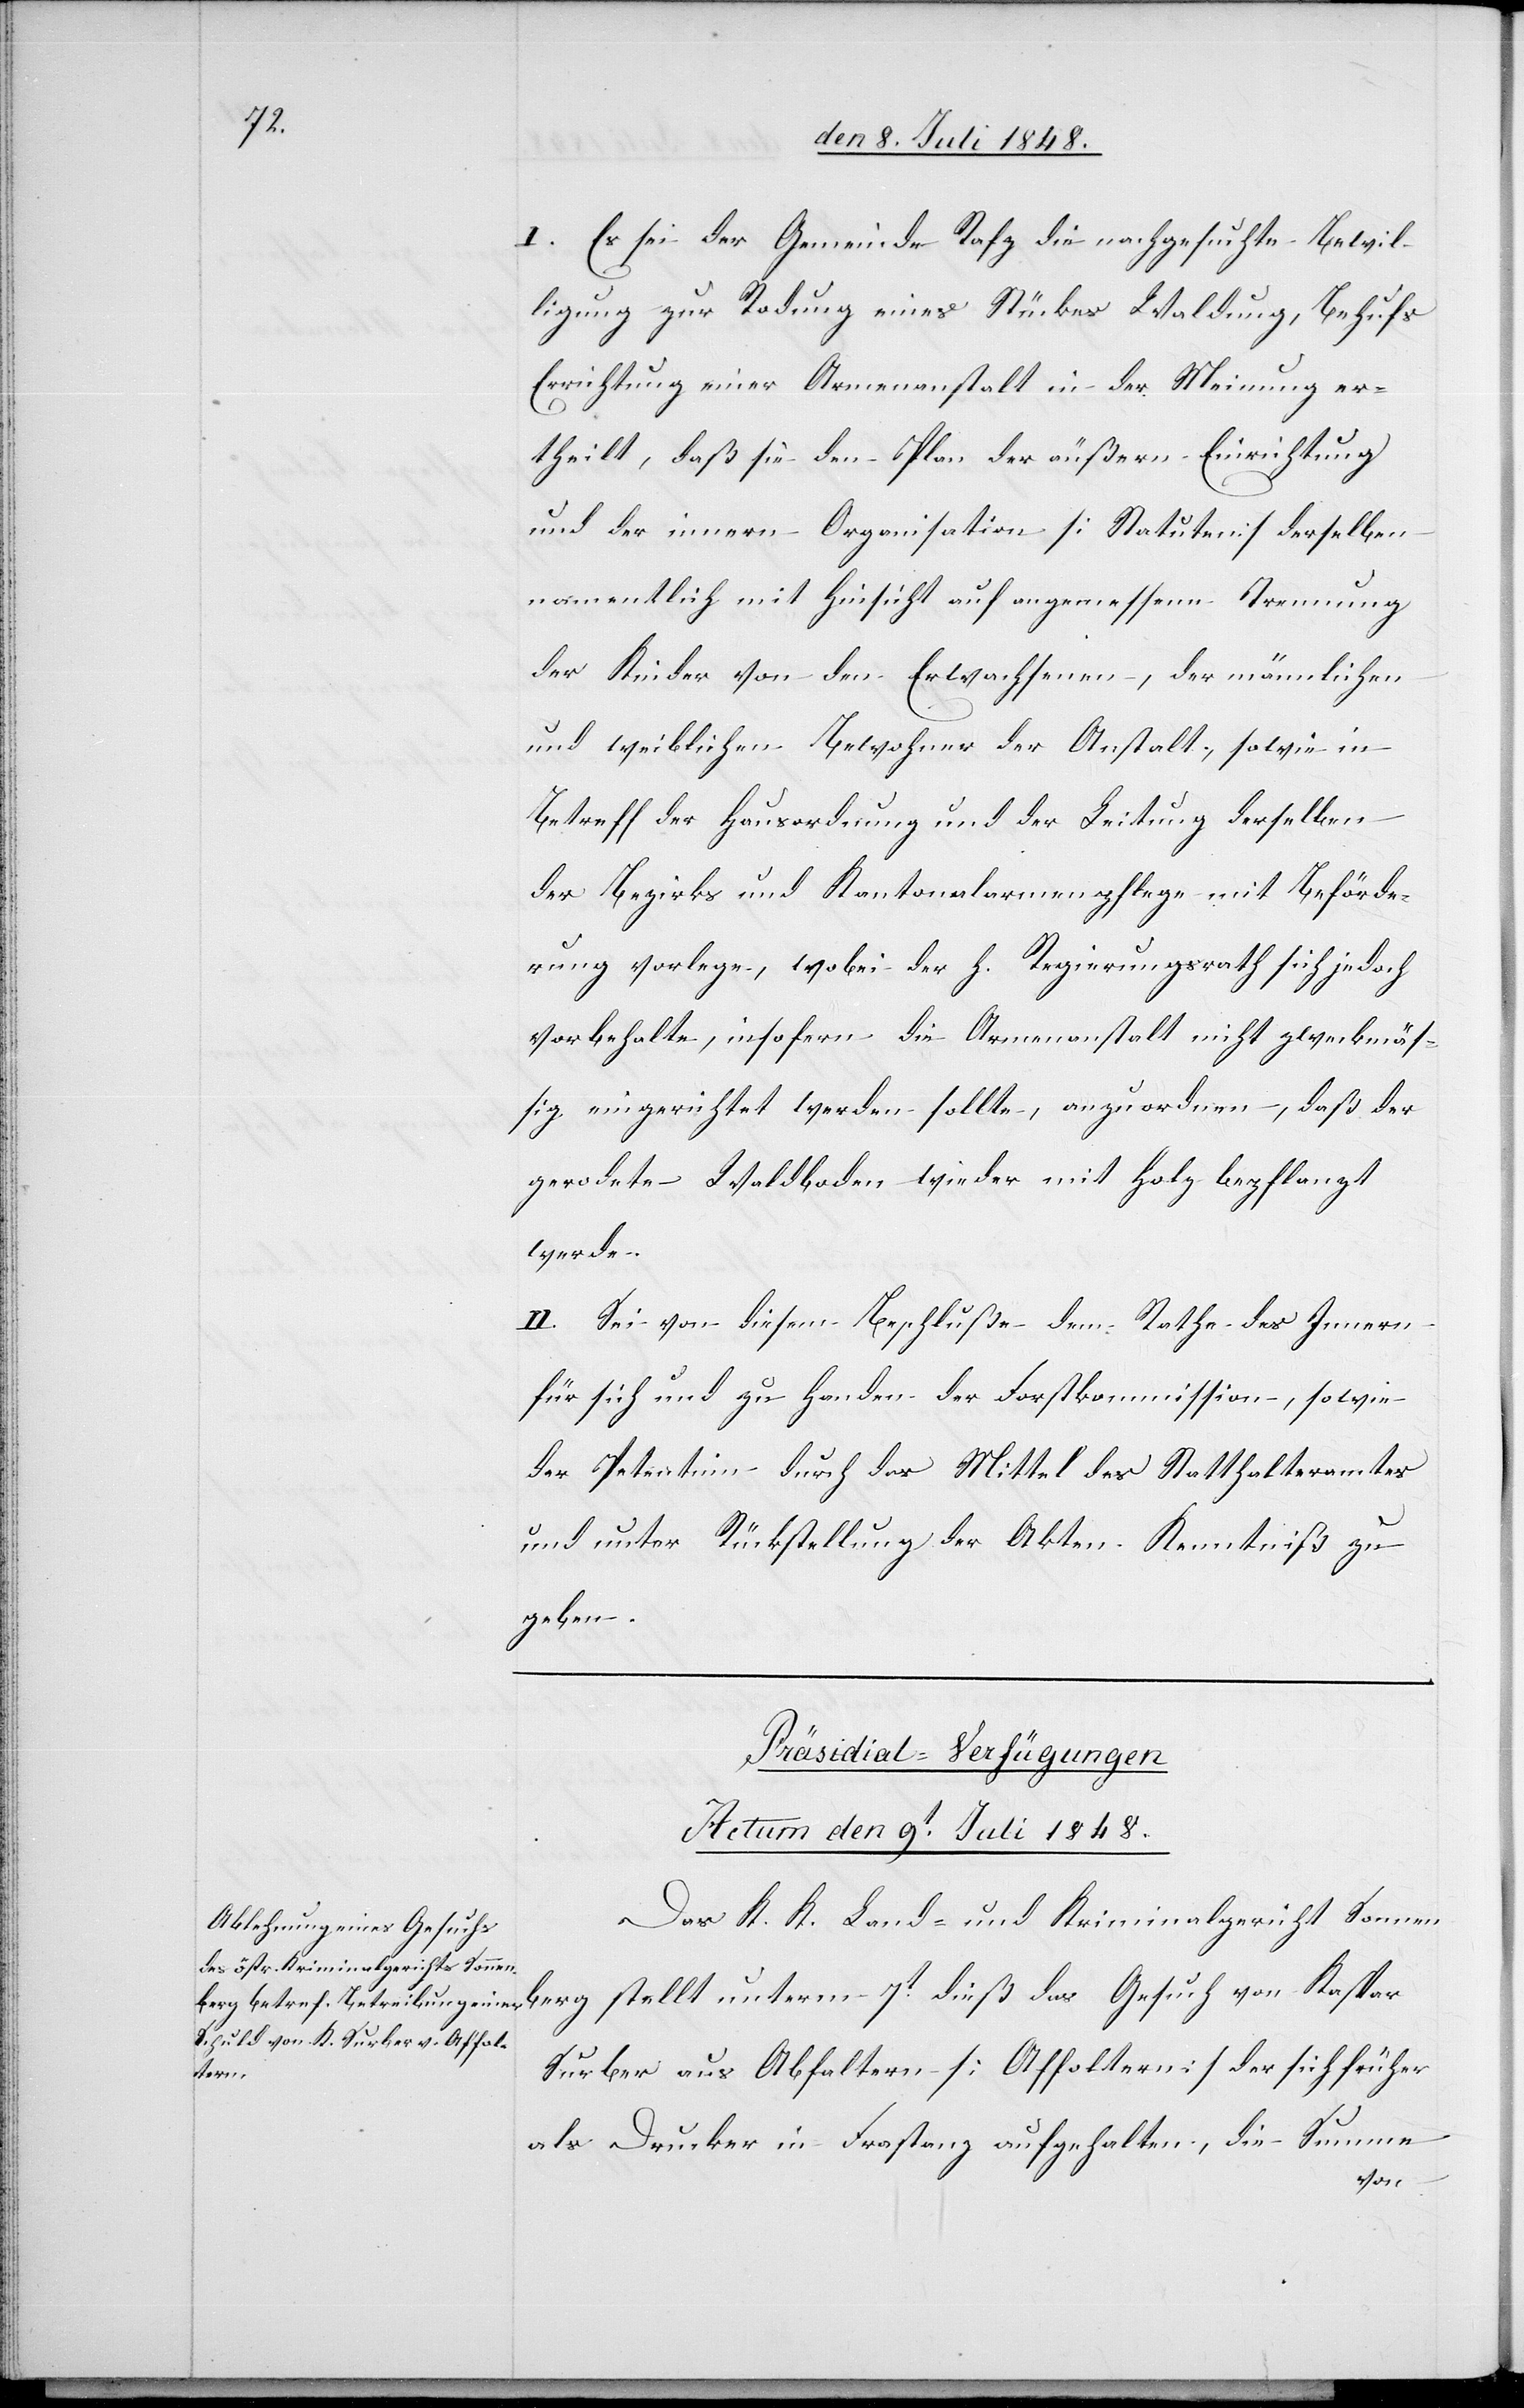
I. Es sei der Gemeinde Rafz die nachgesuchte Bewil¬
ligung zur Rodung eines Stückes Waldung, behufs
Errichtung einer Armenanstalt in der Meinung er¬
theilt, daß sie den Plan der äußern Einrichtung
und der innern Organisation [Statuten] derselben
namentlich mit Hinsicht auf angemessene Trennung
der Kinder von den Erwachsenen, der männlichen
und weiblichen Bewohner der Anstalt, sowie in
Betreff der Hausordnung und der Leitung derselben
der Bezirks und Kantonalarmenpflege mit Beförde¬
rung vorlege, wobei der h. Regierungsrath sich jedoch
vorbehalte, insofern die Armenanstalt nicht zweckmäß¬
ig eingerichtet werden sollte, anzuordnen, daß der
gerodete Waldboden wieder mit Holz bepflanzt
werde.
II. Sei von diesem Beschluße dem Rathe des Innern
für sich und zu Handen der Forstkommission, sowie
der Petentinn durch das Mittel des Statthalteramtes
und unter Rückstellung der Akten Kenntniß zu
geben.
Präsidial-Verfügungen
Actum den 9t Juli 1848.
Das K. K. Land- und Kriminalgericht Sonnen¬
Surber aus Abfaltern [Affoltern] der sich früher
unterm
als Drucker in Frastanz aufgehalten, die Summe
von